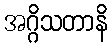
အဂ္ဂိသတာနိ